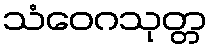
သံဝေဂသုတ္တ